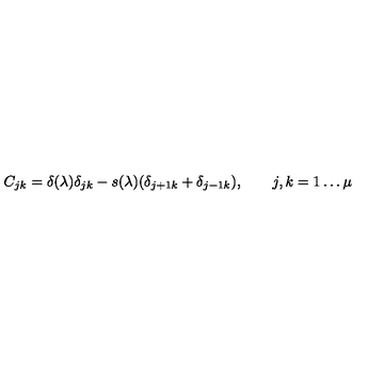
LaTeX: C _ { j k } = \delta ( \lambda ) \delta _ { j k } - s ( \lambda ) ( \delta _ { j + 1 k } + \delta _ { j - 1 k } ) , \qquad j , k = 1 \dots \mu